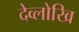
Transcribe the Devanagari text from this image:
देव्लोखि